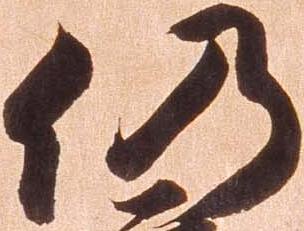
仍